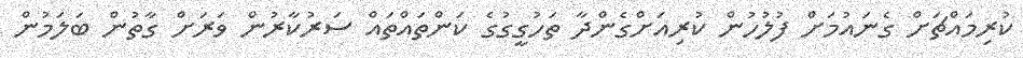
ކުރިމައްޗަށް ގެނައުމަށް ފުލުހުން ކުރިއަށްގެންދާ ތަހުގީގުގެ ކަންތައްތައް ސަރުކާރުން ވަރަށް ގާތުން ބަލަމުން